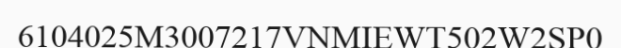
6104025M3007217VNMIEWT502W2SP0